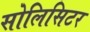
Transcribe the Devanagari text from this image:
सोलिसिटर